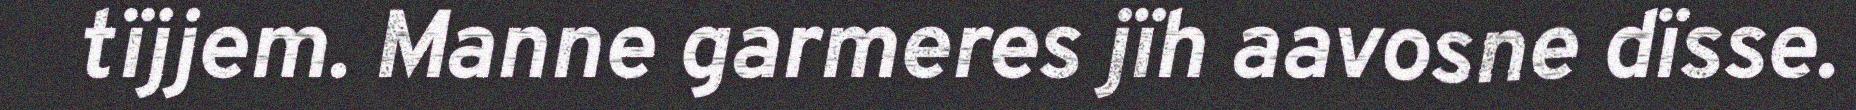
tïjjem. Manne garmeres jïh aavosne dïsse.